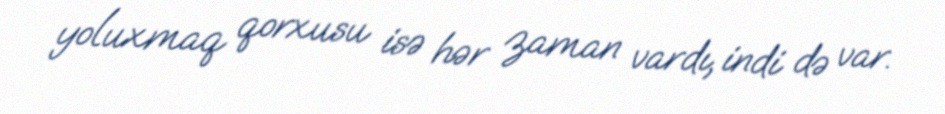
yoluxmaq qorxusu isə hər zaman vardı, indi də var.